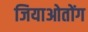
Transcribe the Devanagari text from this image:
जियाओतोंग